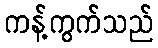
ကန့်ကွက်သည်